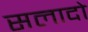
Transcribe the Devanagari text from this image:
सलादो